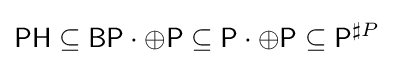
{\mathsf {PH}}\subseteq {\mathsf {BP}}\cdot \oplus {\mathsf {P}}\subseteq {\mathsf {P}}\cdot \oplus {\mathsf {P}}\subseteq {\mathsf {P}}^{\sharp P}